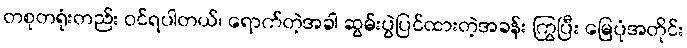
တစုတရုံးတည်း ဝင်ရပါတယ်၊ ရောက်တဲ့အခါ ဆွမ်းပွဲပြင်ထားတဲ့အခန်း ကြွပြီး မြေပုံအတိုင်း